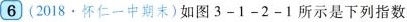
6 (2018 · 怀仁一中期末)如图3-1-2-1所示是下列指数